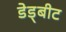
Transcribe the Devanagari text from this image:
डेड्बीट